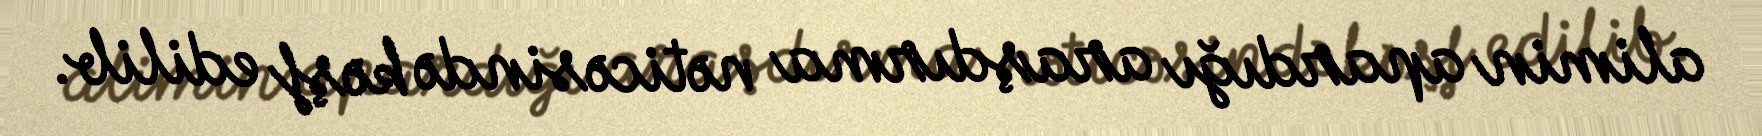
alimin apardığı araşdırma nəticəsində kəşf edilib.